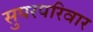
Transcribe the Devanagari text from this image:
सुपरपरिवार